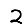
Digit: 2